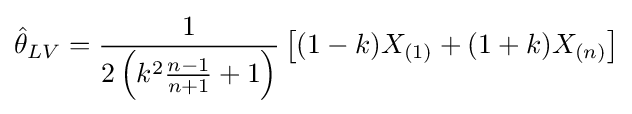
{\hat {\theta }}_{LV}={\frac {1}{2\left(k^{2}{\frac {n-1}{n+1}}+1\right)}}\left[(1-k){{X}_{(1)}}+(1+k){{X}_{(n)}}\right]